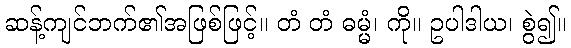
ဆန့်ကျင်ဘက်၏အဖြစ်ဖြင့်။ တံ တံ ဓမ္မံ၊ ကို။ ဥပါဒါယ၊ စွဲ၍။